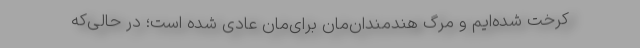
کرخت شده‌ایم و مرگ هندمندان‌مان برای‌مان عادی شده است؛ در حالی‌که